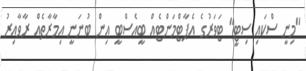
"މިނީ ސްކައި ސިޓީ" ޓަވަރުގެ އެޕާޓްމަންޓެއް ބީއެސްބީ އިން ބުނަނީ އިމާރާތެއް ރާވާއިރު